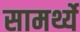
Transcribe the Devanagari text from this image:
सामर्थ्ये